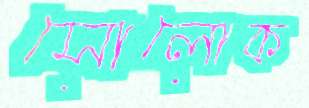
সোলোক